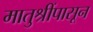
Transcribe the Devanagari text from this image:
मातुश्रींपासून